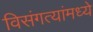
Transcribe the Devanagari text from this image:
विसंगत्यांमध्ये